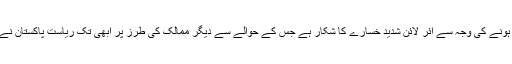
پھر ائر لائن کی عمومی پروازیں بند ہونے کی وجہ سے ائر لائن شدید خسارے کا شکار ہے جس کے حوالے سے دیگر ممالک کی طرز پر ابھی تک ریاستِ پاکستان نے کسی امدادی پیکج کا اعلان نہیں کیا۔